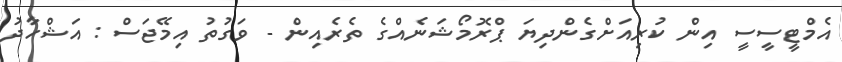
އެމްޓީސީސީ އިން ކުރިއަށްގެންދިޔަ ޕްރޮމޯޝަނެއްގެ ތެރެއިން - ވަގުތު އިމޭޖަސް : އަޝްހާދު